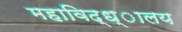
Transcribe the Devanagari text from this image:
महाविद्ध्ालय